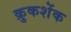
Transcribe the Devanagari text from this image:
क्रुकशेंक